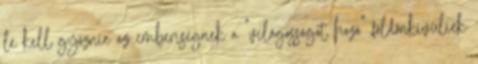
le kell győznie az emberiségnek a "világosságot hozó" földönkívüliek